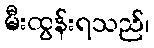
မီးထွန်းရသည်၊